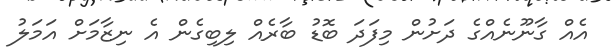
އެއް ގާނޫނެއްގެ ދަށުން މިފަދަ ބޮޑު ބާރެއް ލިބިގެން އެ ނިޒާމަށް އަމަލު